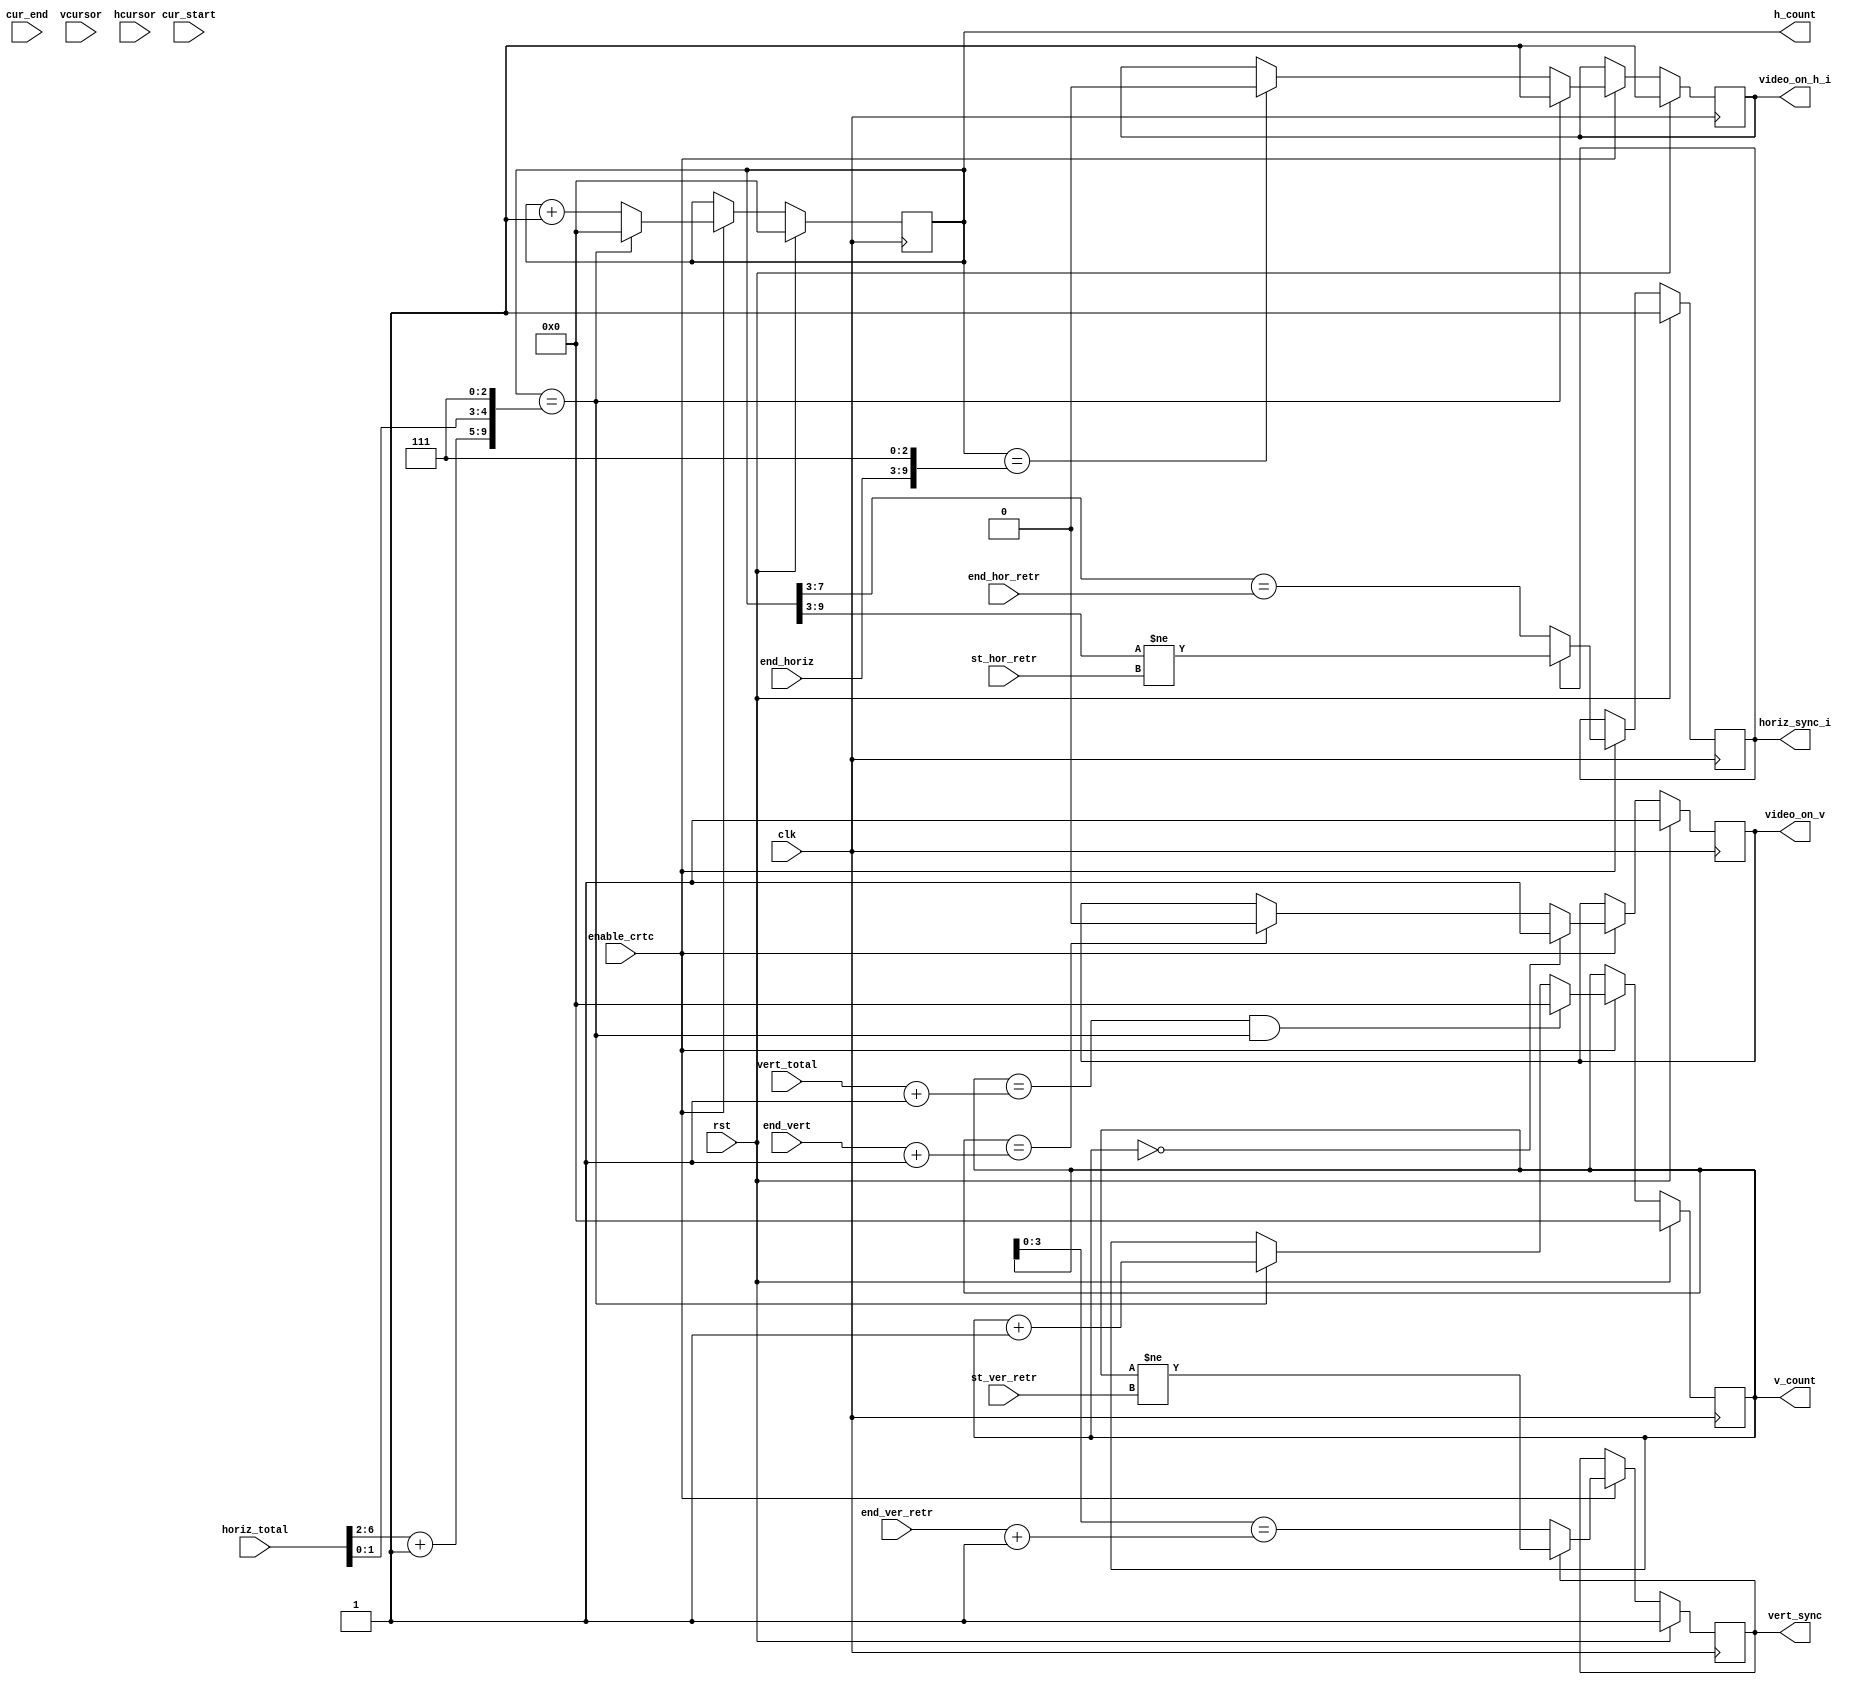
module vga_crtc_fml (
    input         clk,              
    input         rst,
    input         enable_crtc,
    input [5:0]   cur_start,
    input [5:0]   cur_end,
    input [4:0]   vcursor,
    input [6:0]   hcursor,
    input [6:0]   horiz_total,
    input [6:0]   end_horiz,
    input [6:0]   st_hor_retr,
    input [4:0]   end_hor_retr,
    input [9:0]   vert_total,
    input [9:0]   end_vert,
    input [9:0]   st_ver_retr,
    input [3:0]   end_ver_retr,
    output reg [9:0]  h_count,      
    output reg        horiz_sync_i,
    output reg [9:0]  v_count,      
    output reg        vert_sync,
    output reg        video_on_h_i,
    output reg        video_on_v
  );
  wire [9:0] hor_disp_end;
  wire [9:0] hor_scan_end;
  wire [9:0] ver_disp_end;
  wire [9:0] ver_sync_beg;
  wire [3:0] ver_sync_end;
  wire [9:0] ver_scan_end;
  assign hor_scan_end = { horiz_total[6:2] + 1'b1, horiz_total[1:0], 3'h7 };
  assign hor_disp_end = { end_horiz, 3'h7 };
  assign ver_scan_end = vert_total + 10'd1;
  assign ver_disp_end = end_vert + 10'd1;
  assign ver_sync_beg = st_ver_retr;
  assign ver_sync_end = end_ver_retr + 4'd1;
  always @(posedge clk)
    if (rst)
      begin
        h_count      <= 10'b0;
        horiz_sync_i <= 1'b1;
        v_count      <= 10'b0;
        vert_sync    <= 1'b1;
        video_on_h_i <= 1'b1;
        video_on_v   <= 1'b1;
      end
    else
      if (enable_crtc)
        begin
          h_count      <= (h_count==hor_scan_end) ? 10'b0 : h_count + 10'b1;
          horiz_sync_i <= horiz_sync_i ? (h_count[9:3]!=st_hor_retr)
                                       : (h_count[7:3]==end_hor_retr);
          v_count      <= (v_count==ver_scan_end && h_count==hor_scan_end) ? 10'b0
                        : ((h_count==hor_scan_end) ? v_count + 10'b1 : v_count);
          vert_sync    <= vert_sync ? (v_count!=ver_sync_beg)
                                    : (v_count[3:0]==ver_sync_end);
          video_on_h_i <= (h_count==hor_scan_end) ? 1'b1
                        : ((h_count==hor_disp_end) ? 1'b0 : video_on_h_i);
          video_on_v   <= (v_count==10'h0) ? 1'b1
                        : ((v_count==ver_disp_end) ? 1'b0 : video_on_v);
        end
endmodule